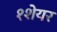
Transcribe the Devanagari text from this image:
१शेयर